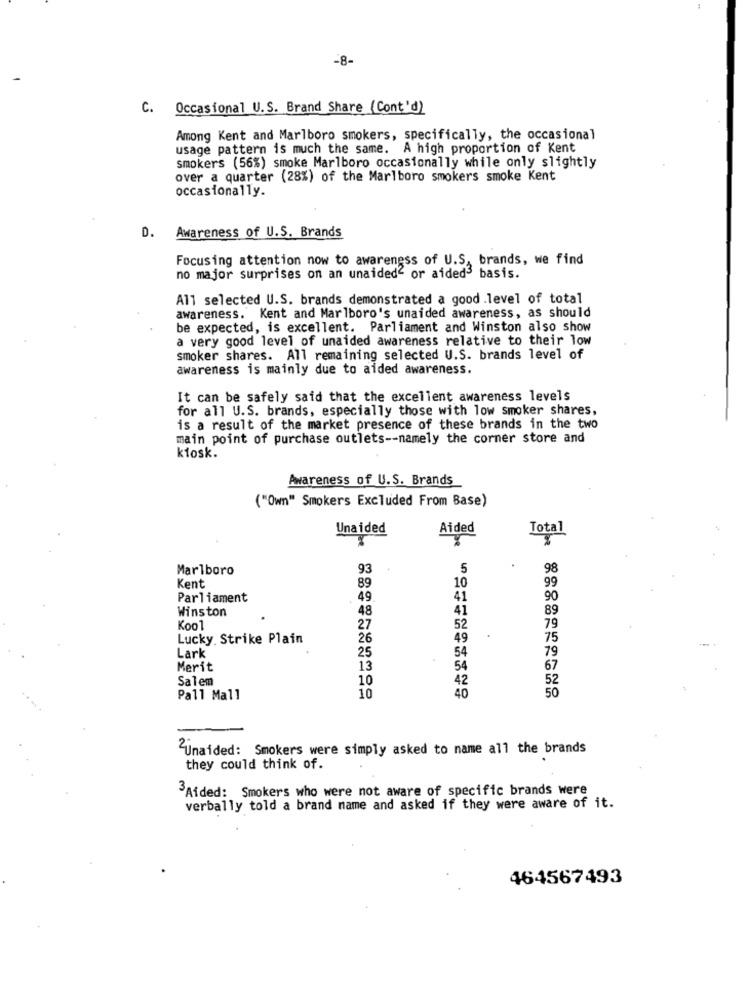
-8-
C. Occasional U.S. Brand Share (Cont'd)
Among Kent and Marlboro smokers, specifically, the occasional
usage pattern is much the same. A high proportion of Kent
smokers (56%) smoke Marlboro occasionally while only slightly
over a quarter (28%) of the Marlboro smokers smoke Kent
occasionally.
D.
Awareness of U.S. Brands
Focusing attention now to awareness of U.S, brands, we find
no major surprises on an unaided' or aided basis.
All selected U.S. brands demonstrated a good .level of total
awareness. Kent and Marlboro's unaided awareness, as should
be expected, is excellent. Parliament and Winston also show
a very good level of unaided awareness relative to their low
smoker shares. All remaining selected U.S. brands level of
awareness is mainly due to aided awareness.
It can be safely said that the excellent awareness levels
for all U.S. brands, especially those with low smoker shares,
is a result of the market presence of these brands in the two
main point of purchase outlets -- namely the corner store and
kiosk .
Awareness of U.S. Brands
("Own" Smokers Excluded From Base)
Unaided
Aided
Total
T
Marlboro
93
5
98
99
Kent
89
10
Parliament
49
41
90
Winston
48
41
89
Kool
27
52
79
Lucky Strike Plain
26
49
75
25
54
79
Lark
Merit
13
54
67
Salem
10
42
52
10
40
50
Pall Mall
Unaided: Smokers were simply asked to name all the brands
they could think of.
3Aided: Smokers who were not aware of specific brands were
verbally told a brand name and asked if they were aware of it.
464567493